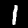
Label: 1